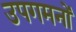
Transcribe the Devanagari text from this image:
उपगमनों